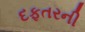
દફતરની